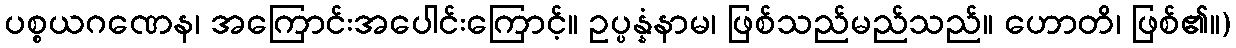
ပစ္စယဂဏေန၊ အကြောင်းအပေါင်းကြောင့်။ ဥပ္ပန္နံနာမ၊ ဖြစ်သည်မည်သည်။ ဟောတိ၊ ဖြစ်၏။)